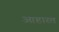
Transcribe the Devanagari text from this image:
आहारत